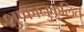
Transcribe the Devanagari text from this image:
शु्ष्कानुकूलित